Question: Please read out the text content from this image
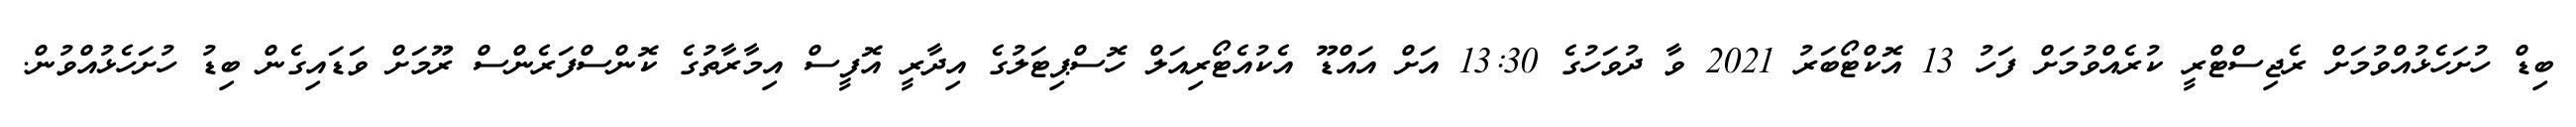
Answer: ބިޑް ހުށަހެޅުއްވުމަށް ރެޖިސްޓްރީ ކުރެއްވުމަށް ފަހު 13 އޮކްޓޯބަރު 2021 ވާ ދުވަހުގެ 13:30 އަށް އައްޑޫ އެކުއެޓޯރިއަލް ހޮސްޕިޓަލުގެ އިދާރީ އޮފީސް އިމާރާތުގެ ކޮންސްފަރެންސް ރޫމަށް ވަޑައިގެން ބިޑު ހުށަހެޅުއްވުން.